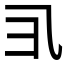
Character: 𱎀